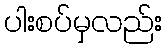
ပါးစပ်မှလည်း